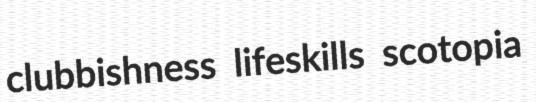
clubbishness lifeskills scotopia